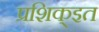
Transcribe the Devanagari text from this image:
प्रशिक्इत